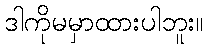
ဒါကိုမမှာထားပါဘူး။